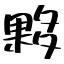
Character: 夥